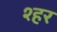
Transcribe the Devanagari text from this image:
श्हर